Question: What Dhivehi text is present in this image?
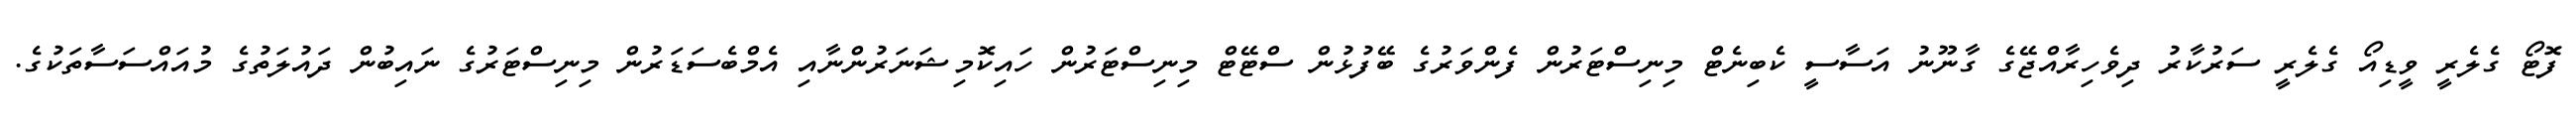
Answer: ފޮޓޯ ގެލެރީ ވީޑިއޯ ގެލެރީ ސަރުކާރު ދިވެހިރާއްޖޭގެ ގާނޫނު އަސާސީ ކެބިނެޓް މިނިސްޓަރުން ފެންވަރުގެ ބޭފުޅުން ސްޓޭޓް މިނިސްޓަރުން ހައިކޮމިޝަނަރުންނާއި އެމްބެސަޑަރުން މިނިސްޓަރުގެ ނައިބުން ދައުލަތުގެ މުއައްސަސާތަކުގެ.